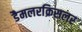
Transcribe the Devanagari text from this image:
डैमलरक्रिसलर